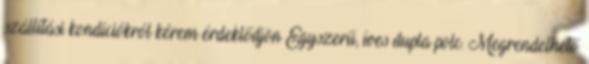
szállítási kondíciókról kérem érdeklődjön Egyszerű, íves dupla polc. Megrendelhető